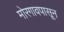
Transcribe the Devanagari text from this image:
मोरगावपासून